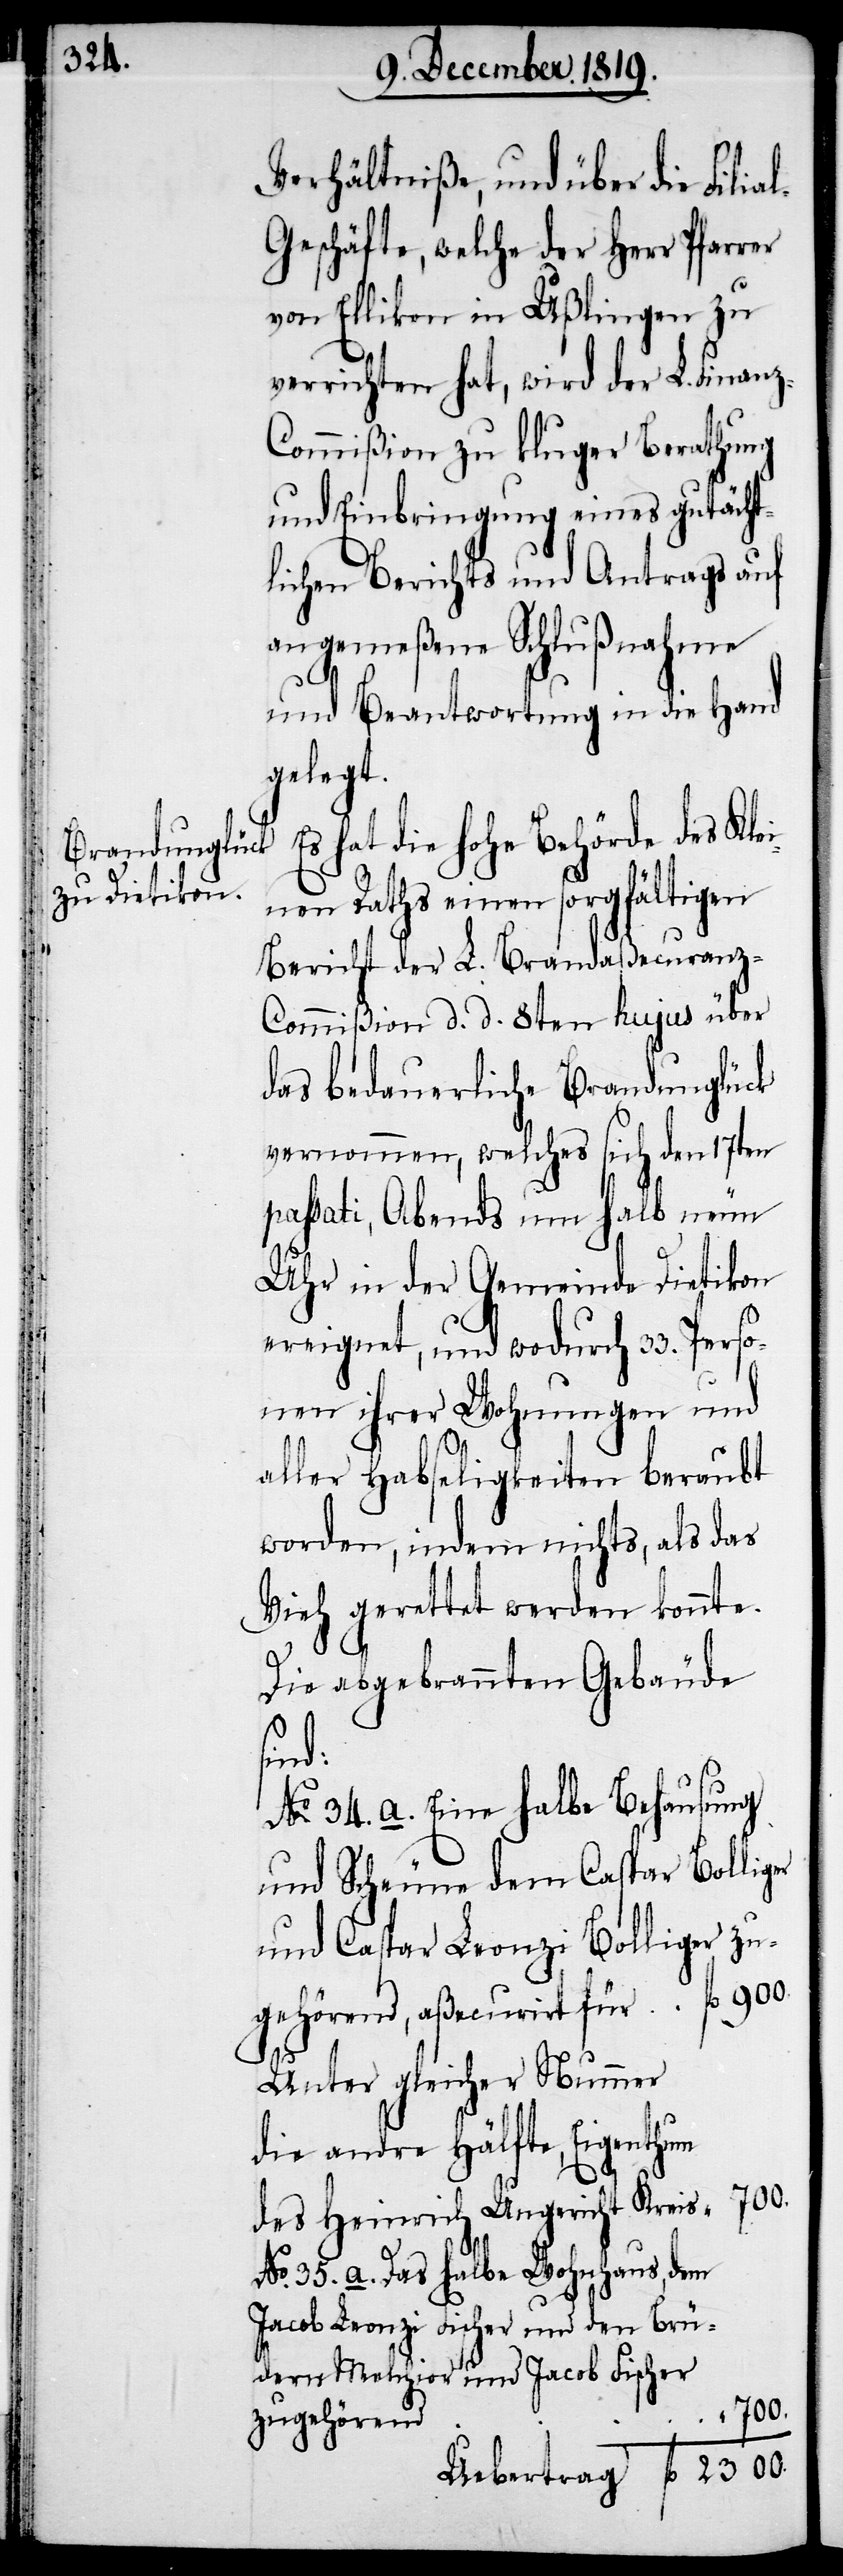
Verhältniße, und über die Filia¬
eschäfte, welche der Herr Pfarrer
von Ellikon in Ußlingen zu
verrichten hat, wird der L. Finan¬
z-Commißion zu kluger Berathung
und Einbringung eines gutächt¬
lichen Berichts und Antrags auf
angemeßene Schlußnahme
er
und Beantwortung in die Hand
gelegt.
Es hat die hohe Behörde des Klei¬
nen Raths einen sorgfältigen
Bericht der L. Brandaßecuranz-C¬
ommißion d. d. 8ten hujus über
das bedauerliche Brandunglück
vernommen, welches sich den 17ten
passati, Abends um halb neun
Uhr in der Gemeinde Dietikon
ereignet, und wodurch 33. Perso¬
nen ihrer Wohnungen und
aller Habseligkeiten beraubt
worden, indem nichts, als das
Vieh gerettet werden konnte.
Die abgebrannten Gebäude
sind:
No. 34. a. Eine halbe Behausung
und Scheune dem Caspar Bollig¬
und Caspar Leonzi Bolliger zu¬
Unter gleicher Nummer
die andre Hälfte, Eigenthum
des Heinrich Ungericht Kreis
No. 35. a. Das halbe Wohnhaus dem
Jacob Leonzi Fischer und den Brü¬
dern Melchior und Jacob Fischer
2300.
zugehörend